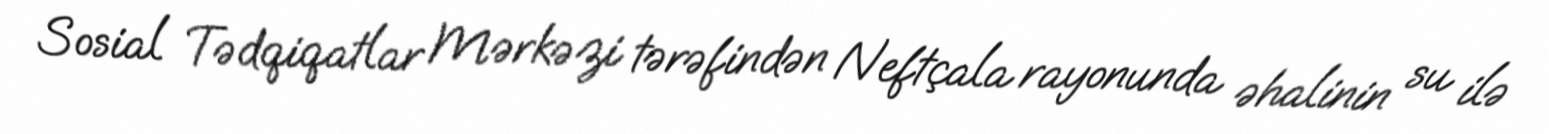
Sosial Tədqiqatlar Mərkəzi tərəfindən Neftçala rayonunda əhalinin su ilə